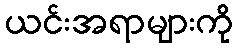
ယင်းအရာများကို